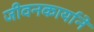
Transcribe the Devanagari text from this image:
जीवनकार्याने